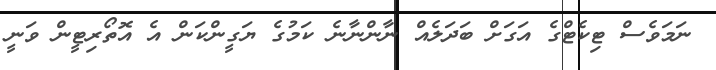
ނަމަވެސް ޓިކެޓްގެ އަގަށް ބަދަލެއް ނާންނާނެ ކަމުގެ ޔަގީންކަން އެ އޮތޯރިޓީން ވަނީ